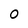
Character: 0